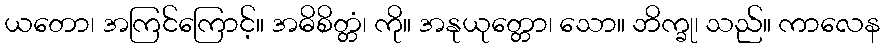
ယတော၊ အကြင်ကြောင့်။ အဓိစိတ္တံ၊ ကို။ အနုယုတ္တော၊ သော။ ဘိက္ခု၊ သည်။ ကာလေန